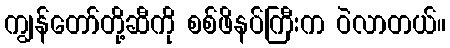
ကျွန်တော်တို့ဆီကို စစ်ဖိနပ်ကြီးက ဝဲလာတယ်။